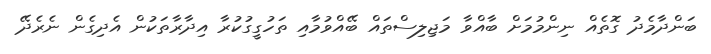
ބަންދާމެދު ގޮތެއް ނިންމުމަށް ބާއްވާ މަޖިލިސްތައް ބޭއްވުމާއި ތަހުގީގުކުރާ އިދާރާތަކުން އެދިގެން ނެރެދޭ